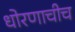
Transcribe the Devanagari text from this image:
धोरणाचीच